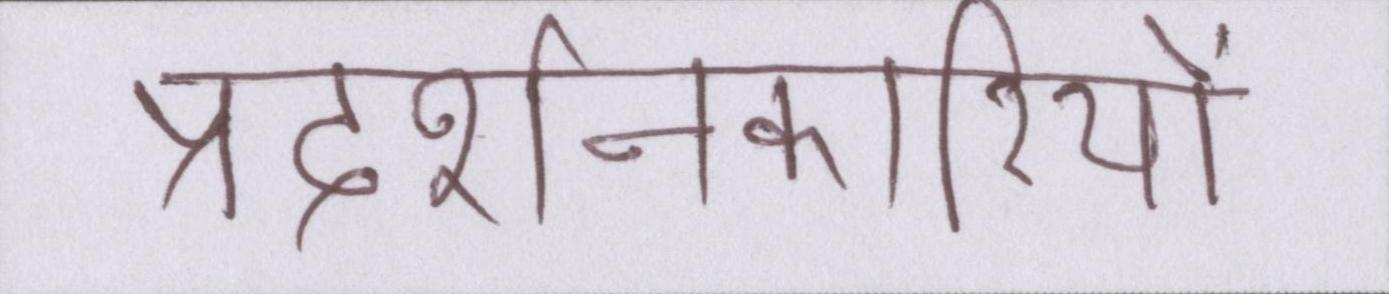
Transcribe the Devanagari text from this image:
प्रदर्शनकारियों